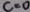
c = 0